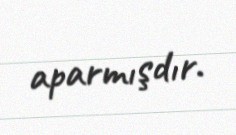
aparmışdır.